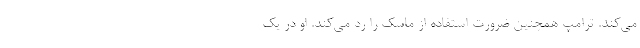
می‌کند. ترامپ همچنین ضرورت استفاده از ماسک را رد می‌کند. او در یک